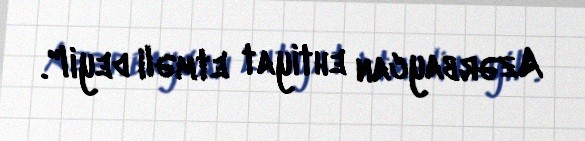
Azərbaycan ehtiyat etməli deyil".